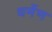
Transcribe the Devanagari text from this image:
धर्मेण